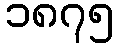
၁၈၇၅